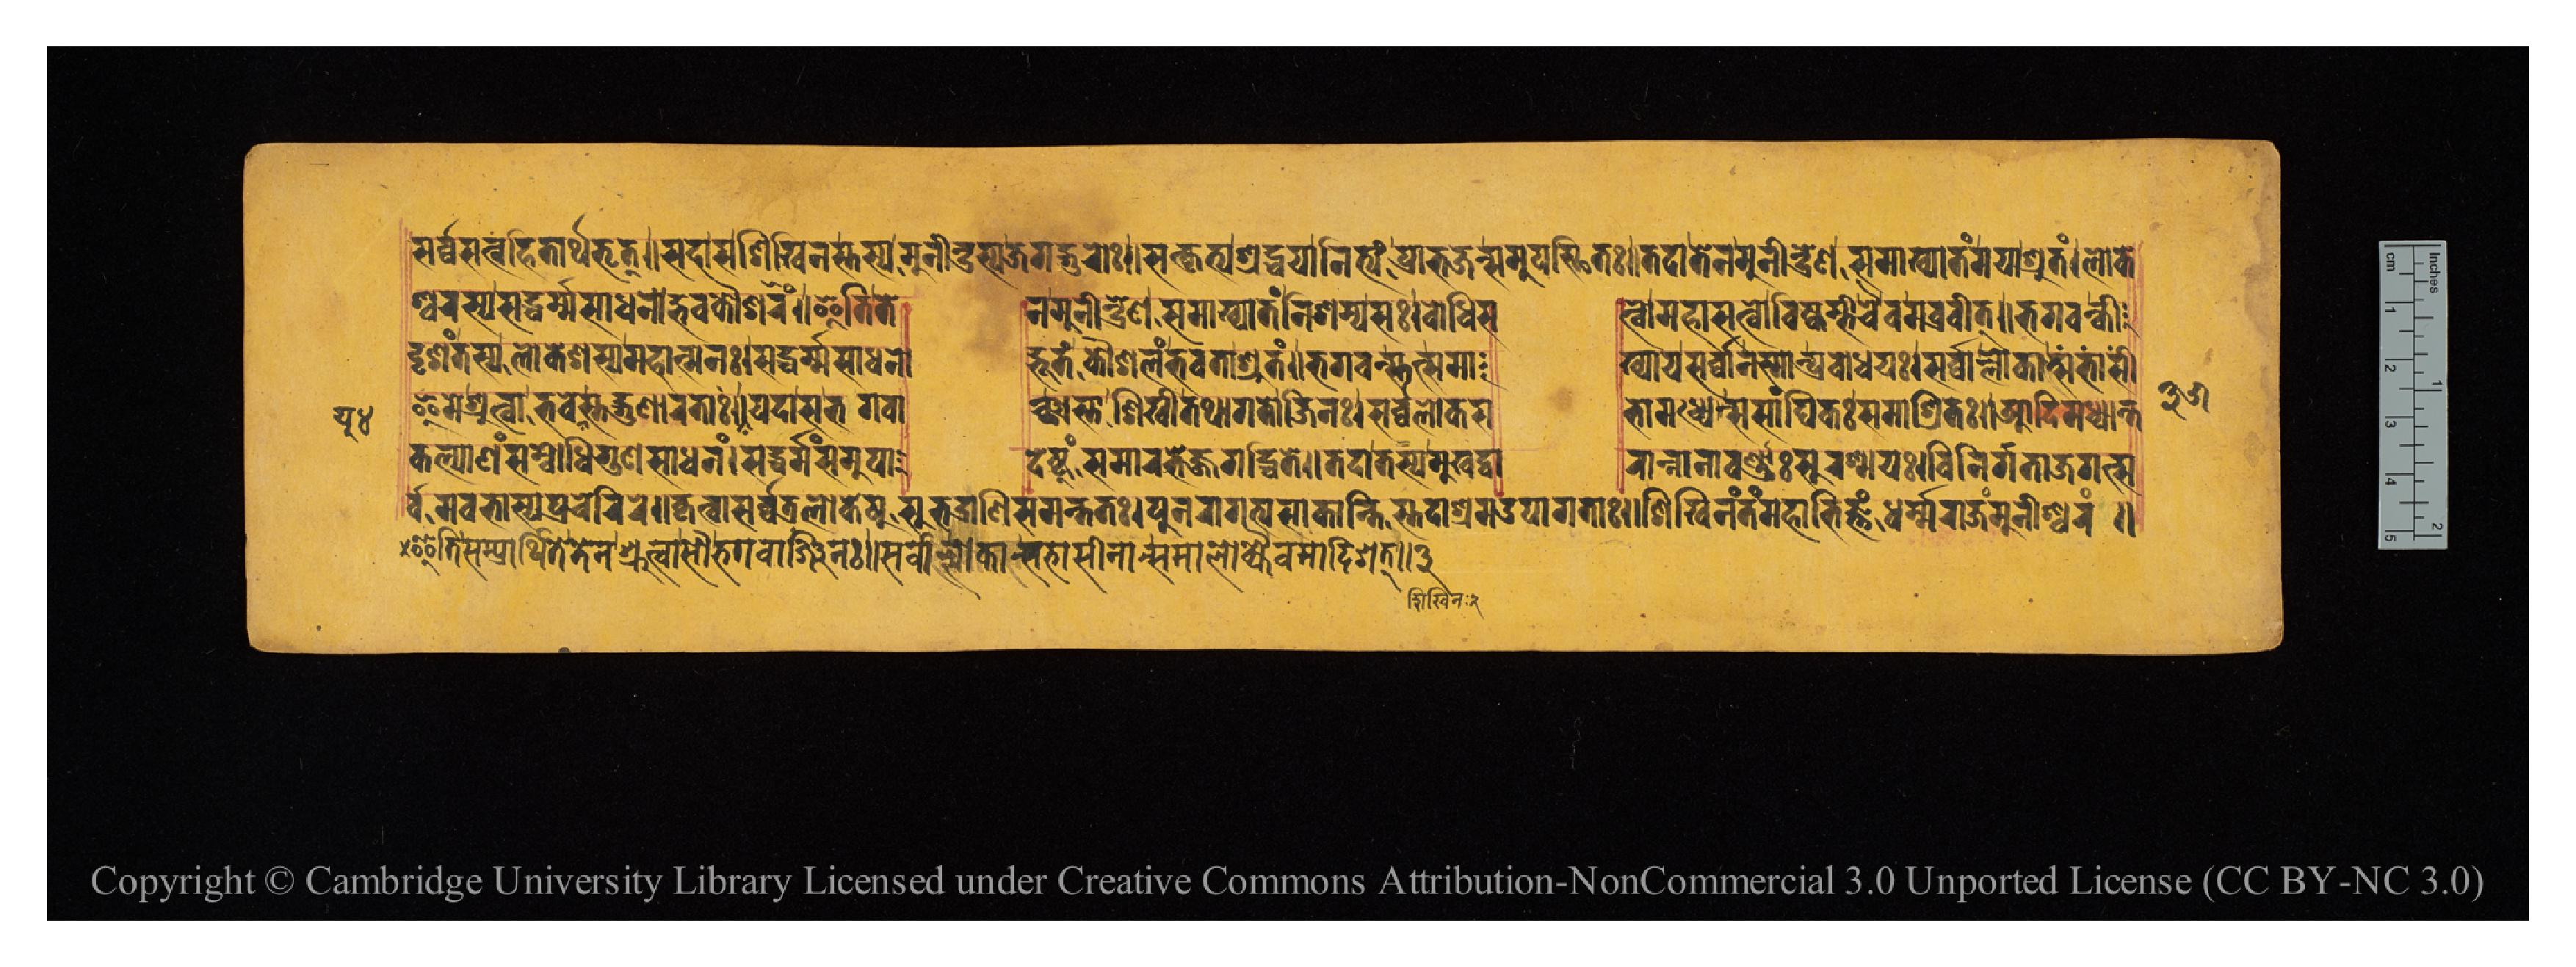
𑐳𑐬𑑂𑐰𑑂𑐰𑐳𑐟𑑂𑐰𑐴𑐶𑐟𑐵𑐬𑑂𑐠𑐨𑐺𑐟𑑂𑑌𑐳𑐡𑐵𑐳𑐱𑐶𑐏𑐶𑐣𑐳𑑂𑐟𑐳𑑂𑐫𑐩𑐸𑐣𑐷𑐣𑑂𑐡𑑂𑐬𑐳𑑂𑐫𑐖𑐐𑐡𑑂𑐐𑐸𑐬𑑀𑑅𑑌𑐳𑐟𑑂𑐎𑐺𑐟𑑂𑐫𑐱𑑂𑐬𑐡𑑂𑐢𑐫𑐵𑐣𑐶𑐟𑑂𑐫𑑄𑐥𑑂𑐬𑐵𑐨𑐖𑐣𑑂𑐳𑐩𑐸𑐥𑐳𑑂𑐠𑐶𑐟𑑅𑑌𑐟𑐡𑐵𑐟𑐾𑐣𑐩𑐸𑐣𑐷𑐣𑑂𑐡𑑂𑐬𑐾𑐞𑐳𑐩𑐵𑐏𑑂𑐫𑐵𑐟𑑄𑐩𑐫𑐵𑐱𑑂𑐬𑐸𑐟𑑄𑑋𑐮𑑀𑐎𑐾 𑐱𑑂𑐰𑐬𑐳𑑂𑐫𑐳𑐡𑑂𑐢𑐬𑑂𑐩𑑂𑐩𑐳𑐵𑐢𑐣𑑀𑐡𑑂𑐨𑐰𑐎𑑁𑐱𑐮𑑄𑑌𑐂𑐟𑐶𑐟𑐾  𑐣𑐩𑐸𑐣𑐷𑐣𑑂𑐡𑑂𑐬𑐾𑐞𑐳𑐩𑐵𑐀𑐏𑑂𑐫𑐵𑐟𑑄𑐣𑐶𑐱𑐩𑑂𑐫𑐳𑑅𑑋𑐧𑑀𑐢𑐶𑐳  𑐟𑑂𑐰𑑀𑐩𑐴𑐵𑐳𑐟𑑂𑐰𑑀𑐰𑐶𑐲𑑂𑐎𑐩𑑂𑐨𑐷𑐔𑐿𑐰𑐩𑐧𑑂𑐬𑐰𑐷𑐟𑑂𑑌𑐨𑐐𑐰𑐣𑑂𑐎𑐷 𑐡𑐺𑐱𑑄𑐟𑐳𑑂𑐫𑐮𑑀𑐎𑐾𑐱𑐳𑑂𑐫𑐩𑐴𑐵𑐟𑑂𑐩𑐣𑑅𑑋𑐳𑐡𑑂𑐢𑐬𑑂𑐩𑑂𑐩𑐳𑐵𑐢𑐣𑑀  𑐡𑑂𑐨𑐹𑐟𑑄𑐎𑑁𑐱𑐮𑑄𑐨𑐰𑐟𑐵𑐱𑑂𑐬𑐸𑐟𑑄𑑌𑐨𑐐𑐰𑐣𑑂𑐳𑑂𑐟𑐟𑑂𑐳𑐩𑐵  𑐏𑑂𑐫𑐵𑐫𑐳𑐬𑑂𑐰𑑂𑐰𑐵𑐣𑐳𑑂𑐩𑐵𑐣𑑂𑐥𑑂𑐬𑐧𑑀𑐢𑐫𑑅𑑋𑐳𑐬𑑂𑐰𑑂𑐰𑐮𑑀𑐎𑐵𑐀𑐨𑐵𑐳𑐷 𑐂𑐩𑐾𑐱𑑂𑐬𑐸𑐟𑑂𑐰𑐵𑐨𑐰𑐾𑐫𑐸𑐳𑑂𑐟𑐡𑑂𑐐𑐸𑐞𑐵𑐬𑐟𑐵𑑅𑑌𑐫𑐡𑐵𑐳𑐨𑐐𑐰𑐵  𑐘𑑂𑐔𑑂𑐕𑐵𑐳𑑂𑐟𑐵𑐱𑐶𑐏𑐷𑐟𑐠𑐵𑐐𑐟𑑀𑐖𑐶𑐣𑑅𑑋𑐳𑐬𑑂𑐰𑑂𑐰𑐮𑑀𑐎𑐳  𑐨𑐵𑐩𑐢𑑂𑐫𑐾𑐳𑐳𑐵𑑄𑐑𑐶𑐎𑑅𑐳𑐩𑐵𑐱𑑂𑐬𑐶𑐟𑑅𑑌𑐁𑐡𑐶𑐩𑐢𑑂𑐫𑐵𑐣𑑂𑐟  𑐎𑐮𑑂𑐫𑐵𑐞𑑄𑐳𑑄𑐧𑑀𑐢𑐶𑐐𑐸𑐞𑐳𑐵𑐢𑐣𑑄𑑋𑐳𑐡𑑂𑐢𑐬𑑂𑐩𑑂𑐩𑑄𑐳𑐩𑐸𑐥𑐵  𑐡𑐾𑐲𑑂𑐚𑐸𑑄𑐳𑐩𑐵𑐬𑐨𑐾𑐖𑑂𑐖𑐐𑐡𑑂𑐢𑐶𑐟𑐾𑑌𑐟𑐡𑐵𑐟𑐳𑑂𑐫𑐩𑐸𑐏𑐡𑑂𑐰𑐵  𑐬𑐵𑐣𑑂𑐣𑐵𑐣𑐵𑐰𑐬𑑂𑐞𑐵𑑅𑐳𑐸𑐬𑐱𑑂𑐩𑐫𑑅𑑋𑐰𑐶𑐣𑐶𑐬𑑂𑐐𑐟𑐵𑐖𑐐𑐟𑑂𑐳 𑐬𑑂𑐰𑑂𑐰𑐩𑐰𑐨𑐵𑐳𑑂𑐫𑐥𑑂𑐬𑐔𑐾𑐬𑐶𑐬𑐾𑑌𑐎𑐺𑐟𑑂𑐰𑐵𑐳𑐬𑑂𑐰𑑂𑐰𑐟𑑂𑐬𑐮𑑀𑐎𑐾𑐲𑐸𑐳𑐸𑐨𑐡𑑂𑐬𑐵𑐞𑐶𑐳𑐩𑐣𑑂𑐟𑐟𑑅𑑋𑐥𑐸𑐣𑐬𑐵𑐐𑐟𑑂𑐫𑐳𑐵𑐎𑐵𑐣𑑂𑐟𑐶𑐳𑑂𑐟𑐡𑐵𑐱𑑂𑐬𑐩𑑁𑐥𑐵𑐐𑐟𑐵𑑅𑑌𑐱𑐶𑐏𑐶𑐣𑑄𑐟𑑄𑐩𑐴𑐵𑐨𑐶𑐖𑑂𑐘𑑄𑐢𑐬𑑂𑐩𑑂𑐩𑐬𑐵𑐖𑑄𑐩𑐸𑐣𑐷𑐱𑑂𑐰𑐬𑑄𑑌 𑑓𑑕